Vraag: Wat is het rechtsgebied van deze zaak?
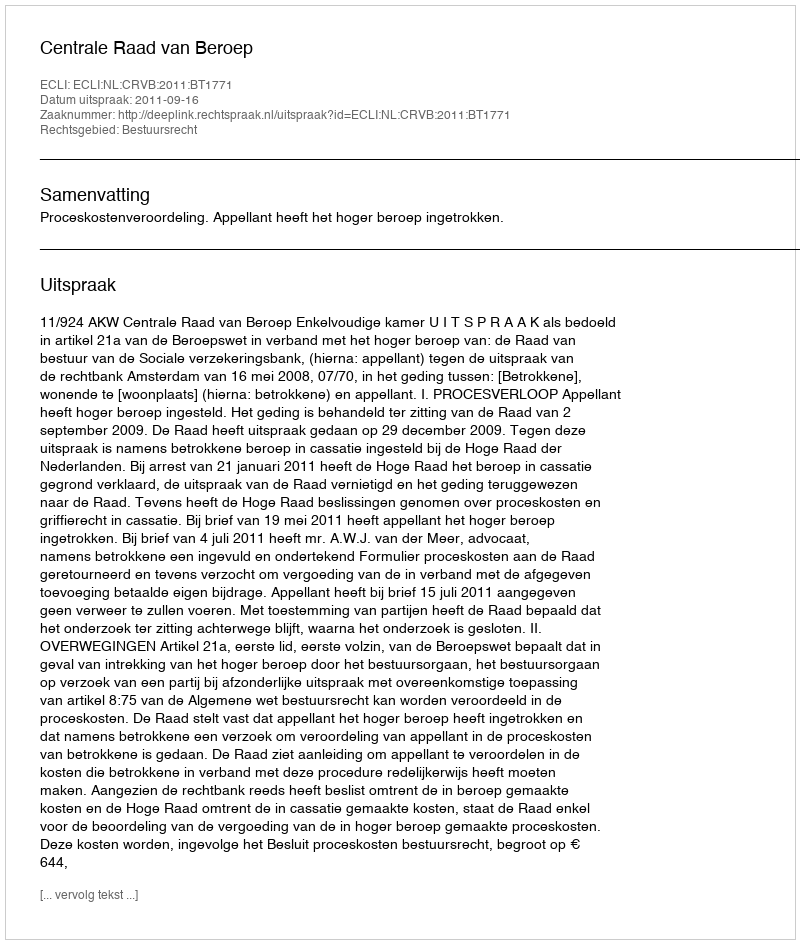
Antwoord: Bestuursrecht